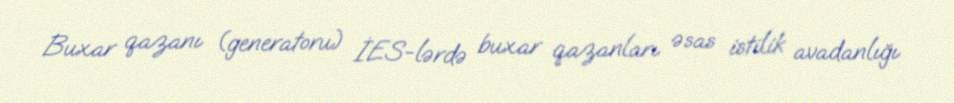
Buxar qazanı (generatoru) İES-lərdə buxar qazanları əsas istilik avadanlığı